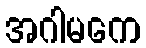
အဂါမကေ